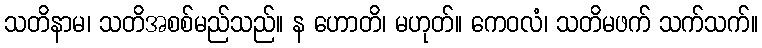
သတိနာမ၊ သတိအစစ်မည်သည်။ န ဟောတိ၊ မဟုတ်။ ကေဝလံ၊ သတိမဖက် သက်သက်။